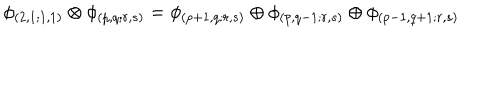
\phi _ { ( 2 , 1 ; 1 , 1 ) } \otimes \phi _ { ( p , q ; r , s ) } = \phi _ { ( p + 1 , q ; r , s ) } \oplus \phi _ { ( p , q - 1 ; r , s ) } \oplus \phi _ { ( p - 1 , q + 1 ; r , s ) }